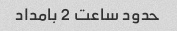
حدود ساعت 2 بامداد